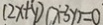
( 2 x + y ) ( x - 3 y ) = 0